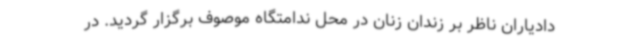
دادیاران ناظر بر زندان زنان در محل ندامتگاه موصوف برگزار گردید. در